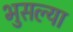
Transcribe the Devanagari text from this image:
भुसल्या